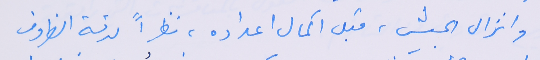
وانزال الجيش، قبل اكمال اعداده، نظراً لدقة الظروف